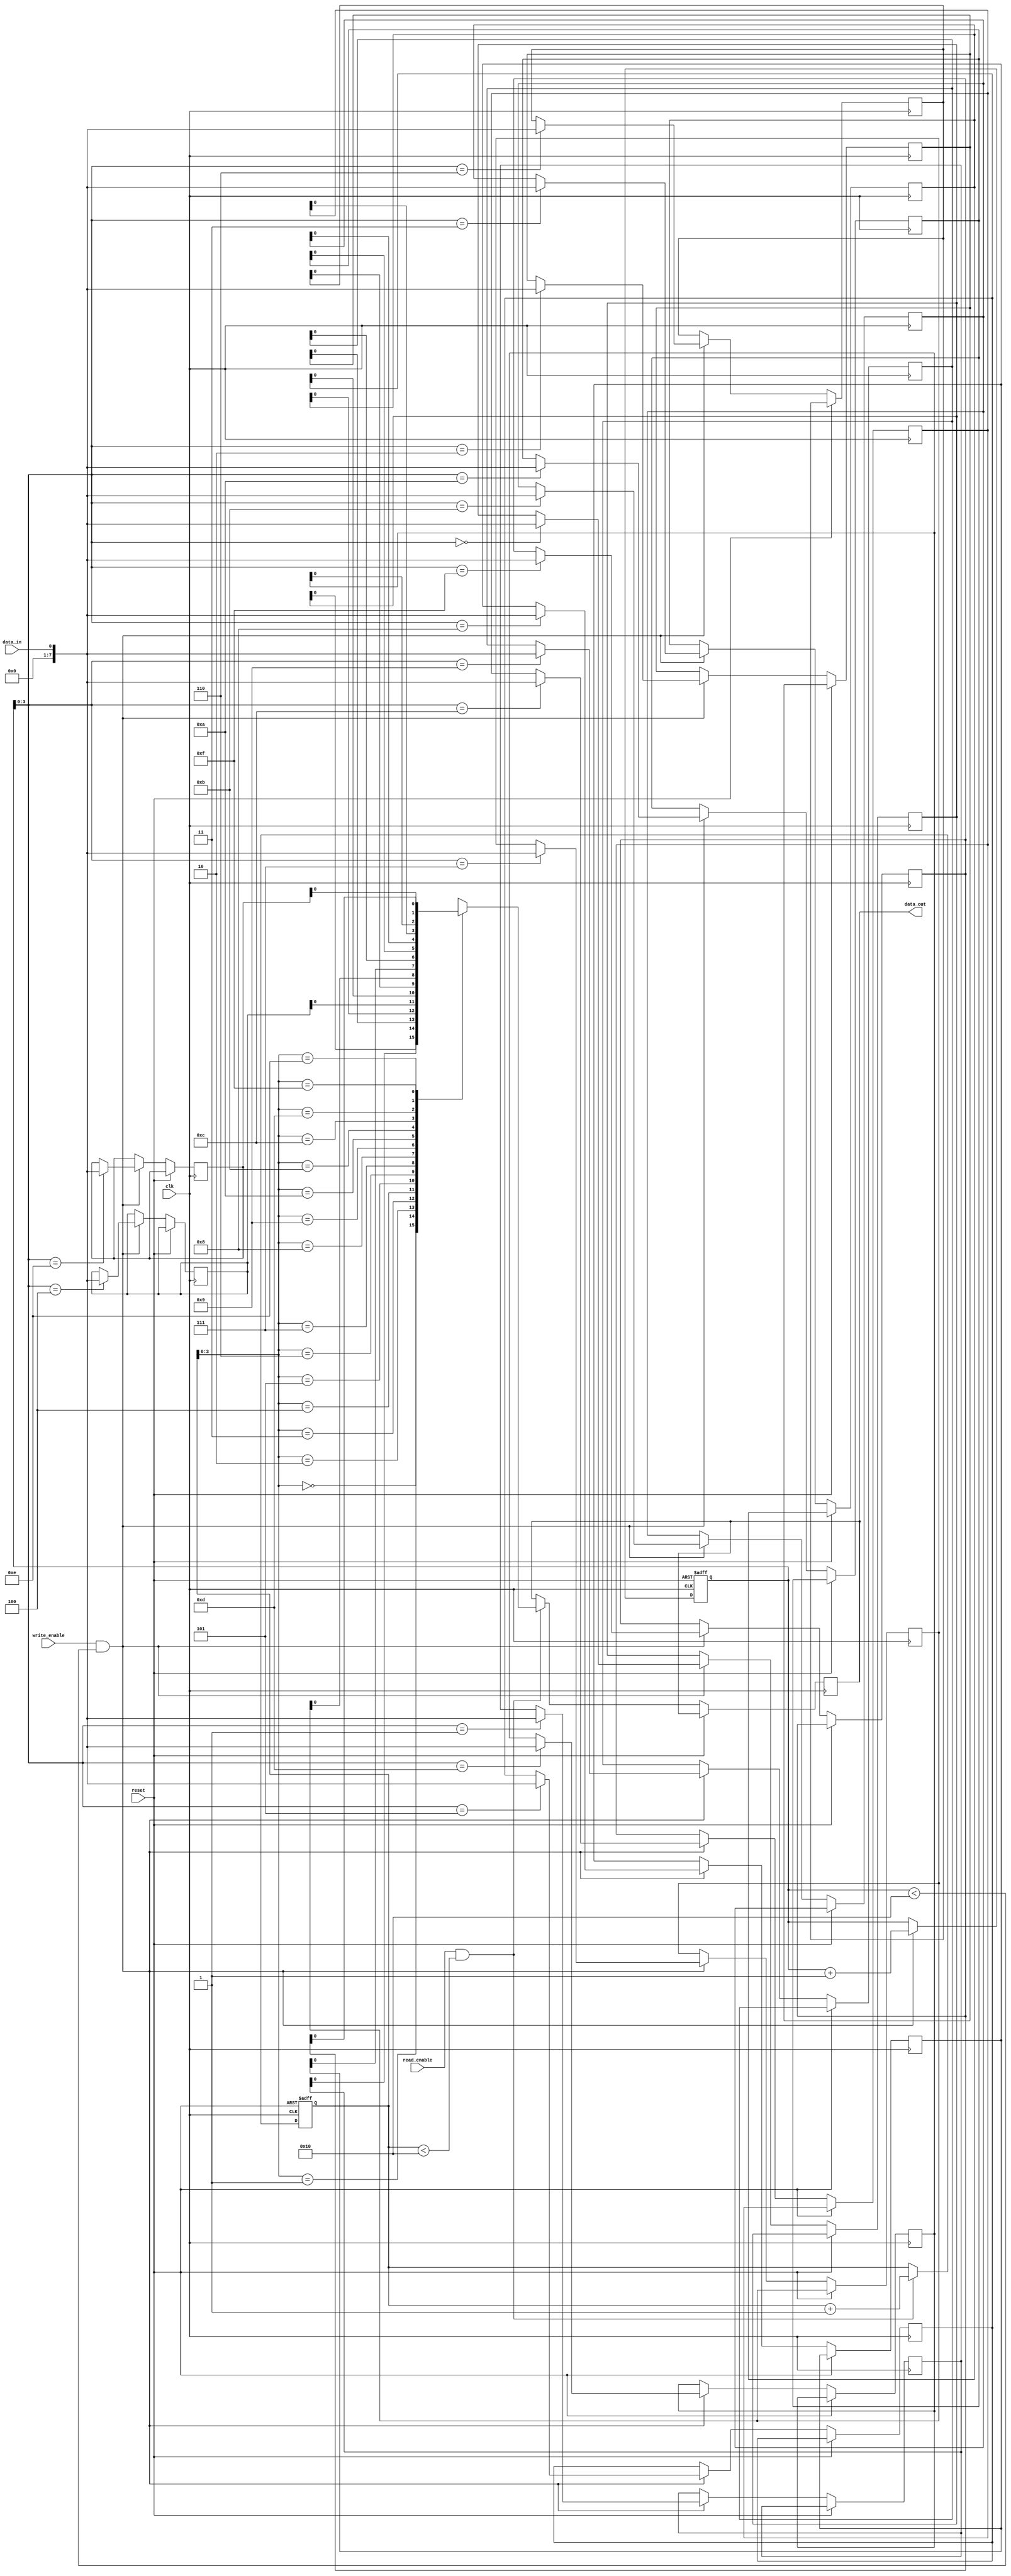
module fifo_buffer (
  input wire clk,
  input wire reset,
  input wire write_enable,
  input wire read_enable,
  input wire data_in,
  output reg data_out
);

parameter DEPTH = 16; // depth of the FIFO buffer
reg [7:0] memory [0:DEPTH-1];
reg [4:0] write_pointer;
reg [4:0] read_pointer;

always @(posedge clk or posedge reset) begin
  if (reset) begin
    write_pointer <= 0;
    read_pointer <= 0;
  end else begin
    if (write_enable && write_pointer < DEPTH) begin
      memory[write_pointer] <= data_in;
      write_pointer <= write_pointer + 1;
    end

    if (read_enable && read_pointer < DEPTH) begin
      data_out <= memory[read_pointer];
      read_pointer <= read_pointer + 1;
    end
  end
end

endmodule